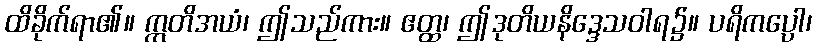
ထိခိုက်ရာ၏။ ဣတိအယံ၊ ဤသည်ကား။ ဧတ္ထ၊ ဤဒုတိယနိဒ္ဒေသဝါရ၌။ ပရိကပ္ပေါ၊